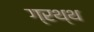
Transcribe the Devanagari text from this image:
ग्रथ्थ